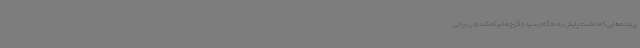
پرونده‌هایی که داشت پایش به دادگاه رسید و اگرچه تبرئه شد ولی برخی